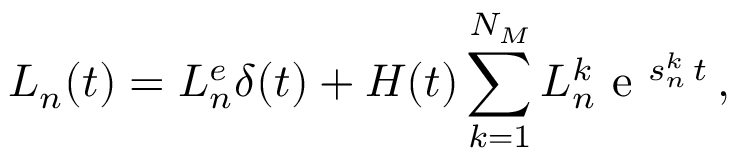
L _ { n } ( t ) = L _ { n } ^ { e } \delta ( t ) + H ( t ) \sum _ { k = 1 } ^ { N _ { M } } { L _ { n } ^ { k } } \textrm { e } ^ { s _ { n } ^ { k } \, t } \, ,